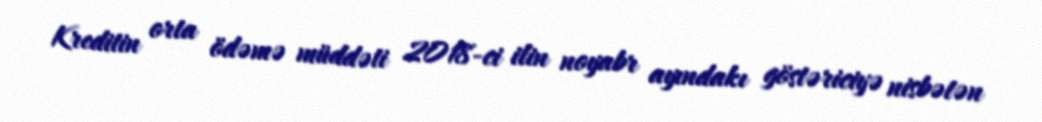
Kreditin orta ödəmə müddəti 2018-ci ilin noyabr ayındakı göstəriciyə nisbətən